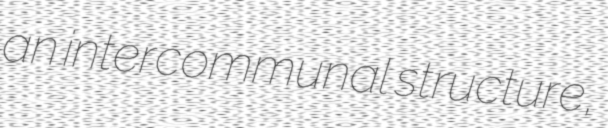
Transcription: an intercommunal structure,